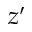
z ^ { \prime }